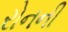
રોનની